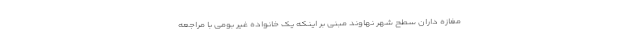
مغازه داران سطح شهر نهاوند مبنی بر اینکه یک خانواده غیر بومی با مراجعه